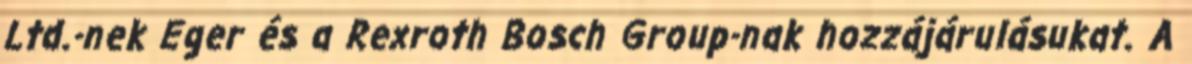
Ltd.-nek Eger és a Rexroth Bosch Group-nak hozzájárulásukat. A